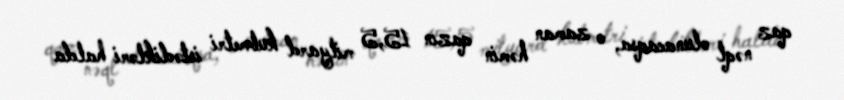
qaz nəql olunacaqsa, o zaman həmin qazın 15,5 milyard kubmetri istədikləri halda